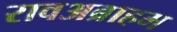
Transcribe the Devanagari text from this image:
रावअब्राहम